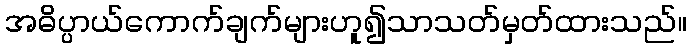
အဓိပ္ပာယ်ကောက်ချက်များဟူ၍သာသတ်မှတ်ထားသည်။